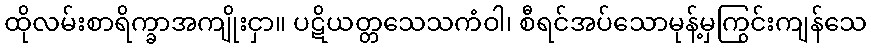
ထိုလမ်းစာရိက္ခာအကျိုးငှာ။ ပဋိယတ္တသေသကံဝါ၊ စီရင်အပ်သောမုန့်မှကြွင်းကျန်သေ